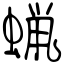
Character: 蝋